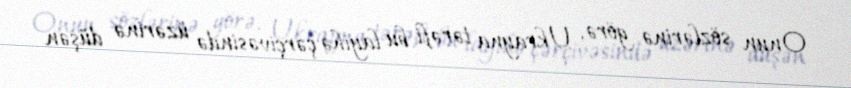
Onun sözlərinə görə, Ukrayna tərəfi bu layihə çərçivəsində üzərinə düşən